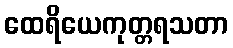
ထေရိယေကုတ္တရသတာ